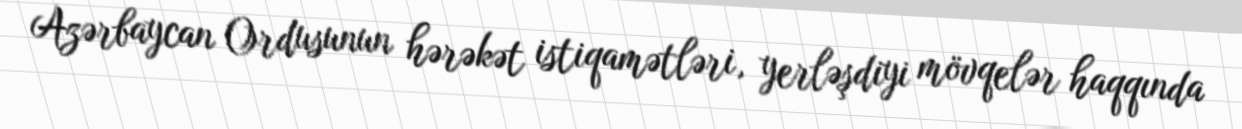
Azərbaycan Ordusunun hərəkət istiqamətləri, yerləşdiyi mövqelər haqqında